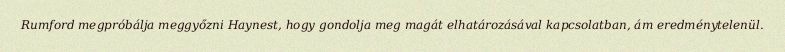
Rumford megpróbálja meggyőzni Haynest, hogy gondolja meg magát elhatározásával kapcsolatban, ám eredménytelenül.